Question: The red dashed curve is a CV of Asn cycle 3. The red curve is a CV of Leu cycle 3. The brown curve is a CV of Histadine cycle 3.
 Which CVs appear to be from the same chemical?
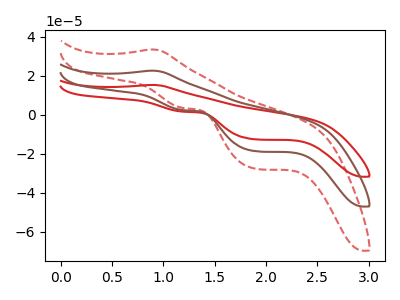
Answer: <think>The red dashed curve "Asn cycle 3" has an anodic peak at (0.90V, 45.10uA) and cathodic peaks at (1.20V, 4.60uA) (1.90V, -37.40uA). The red curve "Leu cycle 3" has an anodic peak at (0.90V, 15.25uA) and cathodic peaks at (1.20V, 1.55uA) (1.90V, -12.65uA). The brown curve "Histadine cycle 3" has an anodic peak at (0.90V, 22.55uA) and cathodic peaks at (1.20V, 2.30uA) (1.90V, -18.70uA).
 All the peaks in "Asn cycle 3" have a peak in "Leu cycle 3" at the same potential. All the peaks in "Asn cycle 3" have a peak in "Histadine cycle 3" at the same potential. All the peaks in "Leu cycle 3" have a peak in "Histadine cycle 3" at the same potential.</think>
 <answer>"Leu cycle 3", "Asn cycle 3" and "Histadine cycle 3" have the same shape and are likely CV's of the same chemical.</answer>
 <eval>"Leu cycle 3" "Asn cycle 3" "Histadine cycle 3"</eval>